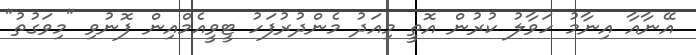
އޭނާއާ އިނާމު ހަވާލު ކުރުން އޮތީ މިއަދު މެންދުރުފަހު ޓީވީއެމްއިން ފޮނުވި "މިވަގުތު"